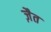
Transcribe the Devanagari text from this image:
ज़ैत